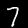
Digit: 7